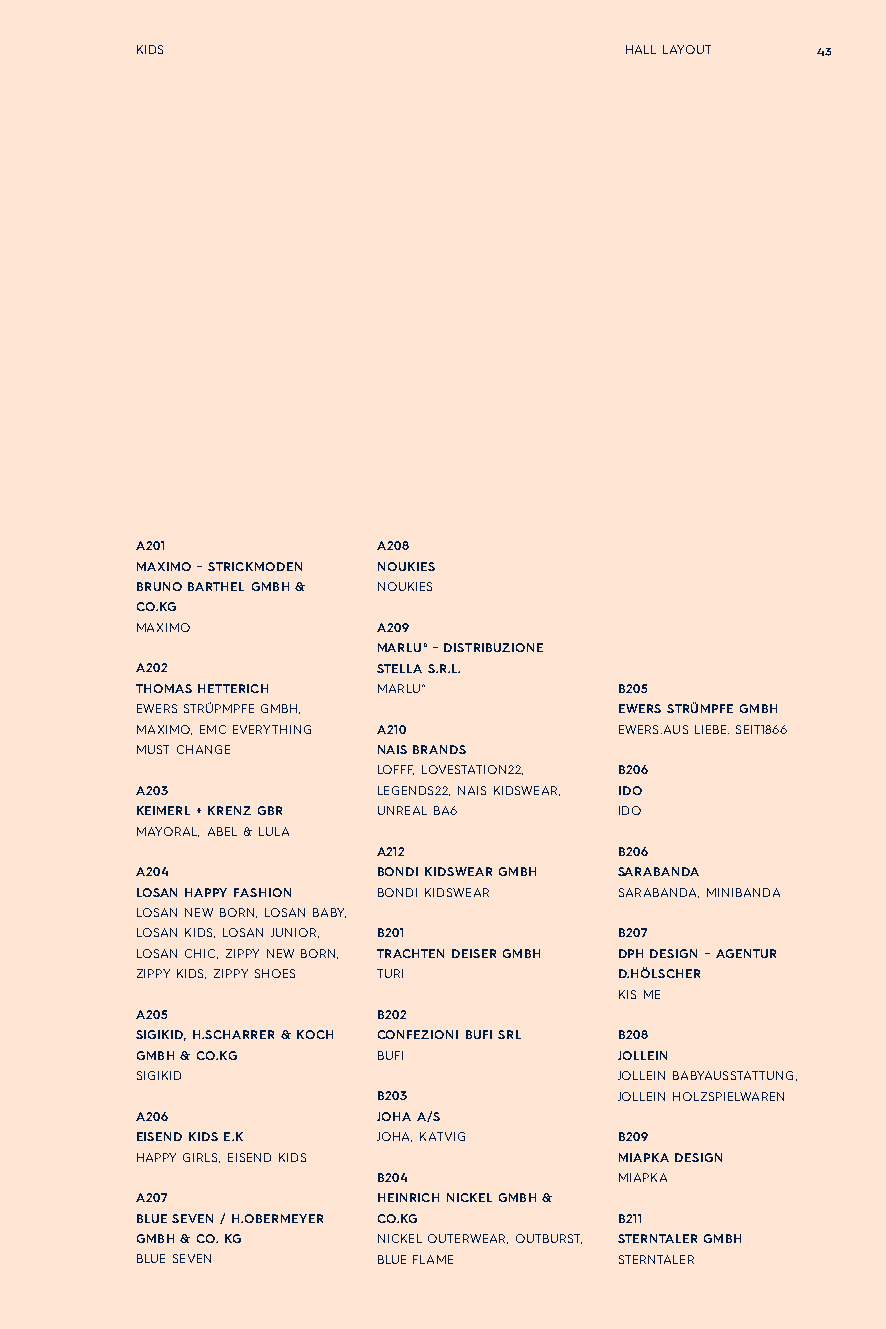
KIDS                            HALL LAYOUT  43
 A201            A208
 MAXIMO - STRICKMODEN NOUKIES
 BRUNO BARTHEL GMBH & NOUKIES
 CO.KG
 MAXIMO          A209
 MARLU° - DISTRIBUZIONE
 A202            STELLA S.R.L.
 THOMAS HETTERICH MARLU°         B205
 EWERS STRÜPMPFE GMBH,           EWERS STRÜMPFE GMBH
 MAXIMO, EMC EVERYTHING A210     EWERS.AUS LIEBE. SEIT1866
 MUST CHANGE     NAIS BRANDS
 LOFFF, LOVESTATION22, B206
 A203            LEGENDS22, NAIS KIDSWEAR, IDO
 KEIMERL + KRENZ GBR UNREAL BA6  IDO
 MAYORAL, ABEL & LULA
 A212            B206
 A204            BONDI KIDSWEAR GMBH SARABANDA
 LOSAN HAPPY FASHION BONDI KIDSWEAR SARABANDA, MINIBANDA
 LOSAN NEW BORN, LOSAN BABY,
 LOSAN KIDS, LOSAN JUNIOR, B201  B207
 LOSAN CHIC, ZIPPY NEW BORN, TRACHTEN DEISER GMBH DPH DESIGN - AGENTUR
 ZIPPY KIDS, ZIPPY SHOES TURI    D.HÖLSCHER
 KIS ME
 A205            B202
 SIGIKID, H.SCHARRER & KOCH CONFEZIONI BUFI SRL B208
 GMBH & CO.KG    BUFI            JOLLEIN
 SIGIKID                         JOLLEIN BABYAUSSTATTUNG,
 B203            JOLLEIN HOLZSPIELWAREN
 A206            JOHA A/S
 EISEND KIDS E.K JOHA, KATVIG    B209
 HAPPY GIRLS, EISEND KIDS        MIAPKA DESIGN
 B204            MIAPKA
 A207            HEINRICH NICKEL GMBH &
 BLUE SEVEN / H.OBERMEYER CO.KG  B211
 GMBH & CO. KG   NICKEL OUTERWEAR, OUTBURST, STERNTALER GMBH
 BLUE SEVEN      BLUE FLAME      STERNTALER